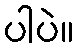
ပါပဲ။